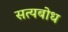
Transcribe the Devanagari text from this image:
सत्यबोध